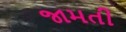
જામતી